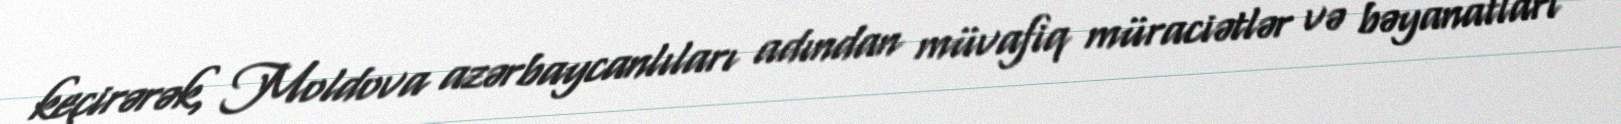
keçirərək, Moldova azərbaycanlıları adından müvafiq müraciətlər və bəyanatları